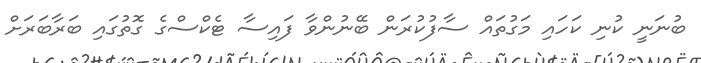
ބުނަނީ ކުނި ކަހައި މަގުތައް ސާފުކުރަން ބޭނުންވާ ފައިސާ ޓެކްސްގެ ގޮތުގައި ބަރާބަރަށް